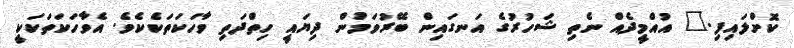
ކޮށްލައިފި." އުއްމީދެއް ނެތި ޝަހުރުގެ އަނގައިން ބޭރުވަމުން ދިޔައީ ހިތްދަތި ވާހަކަތަކެކެވެ. އެވާހަކަތަކަކީ